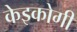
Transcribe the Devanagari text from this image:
केइकोगी